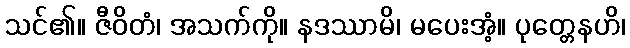
သင်၏။ ဇီဝိတံ၊ အသက်ကို။ နဒဿာမိ၊ မပေးအံ့။ ပုတ္တေနဟိ၊